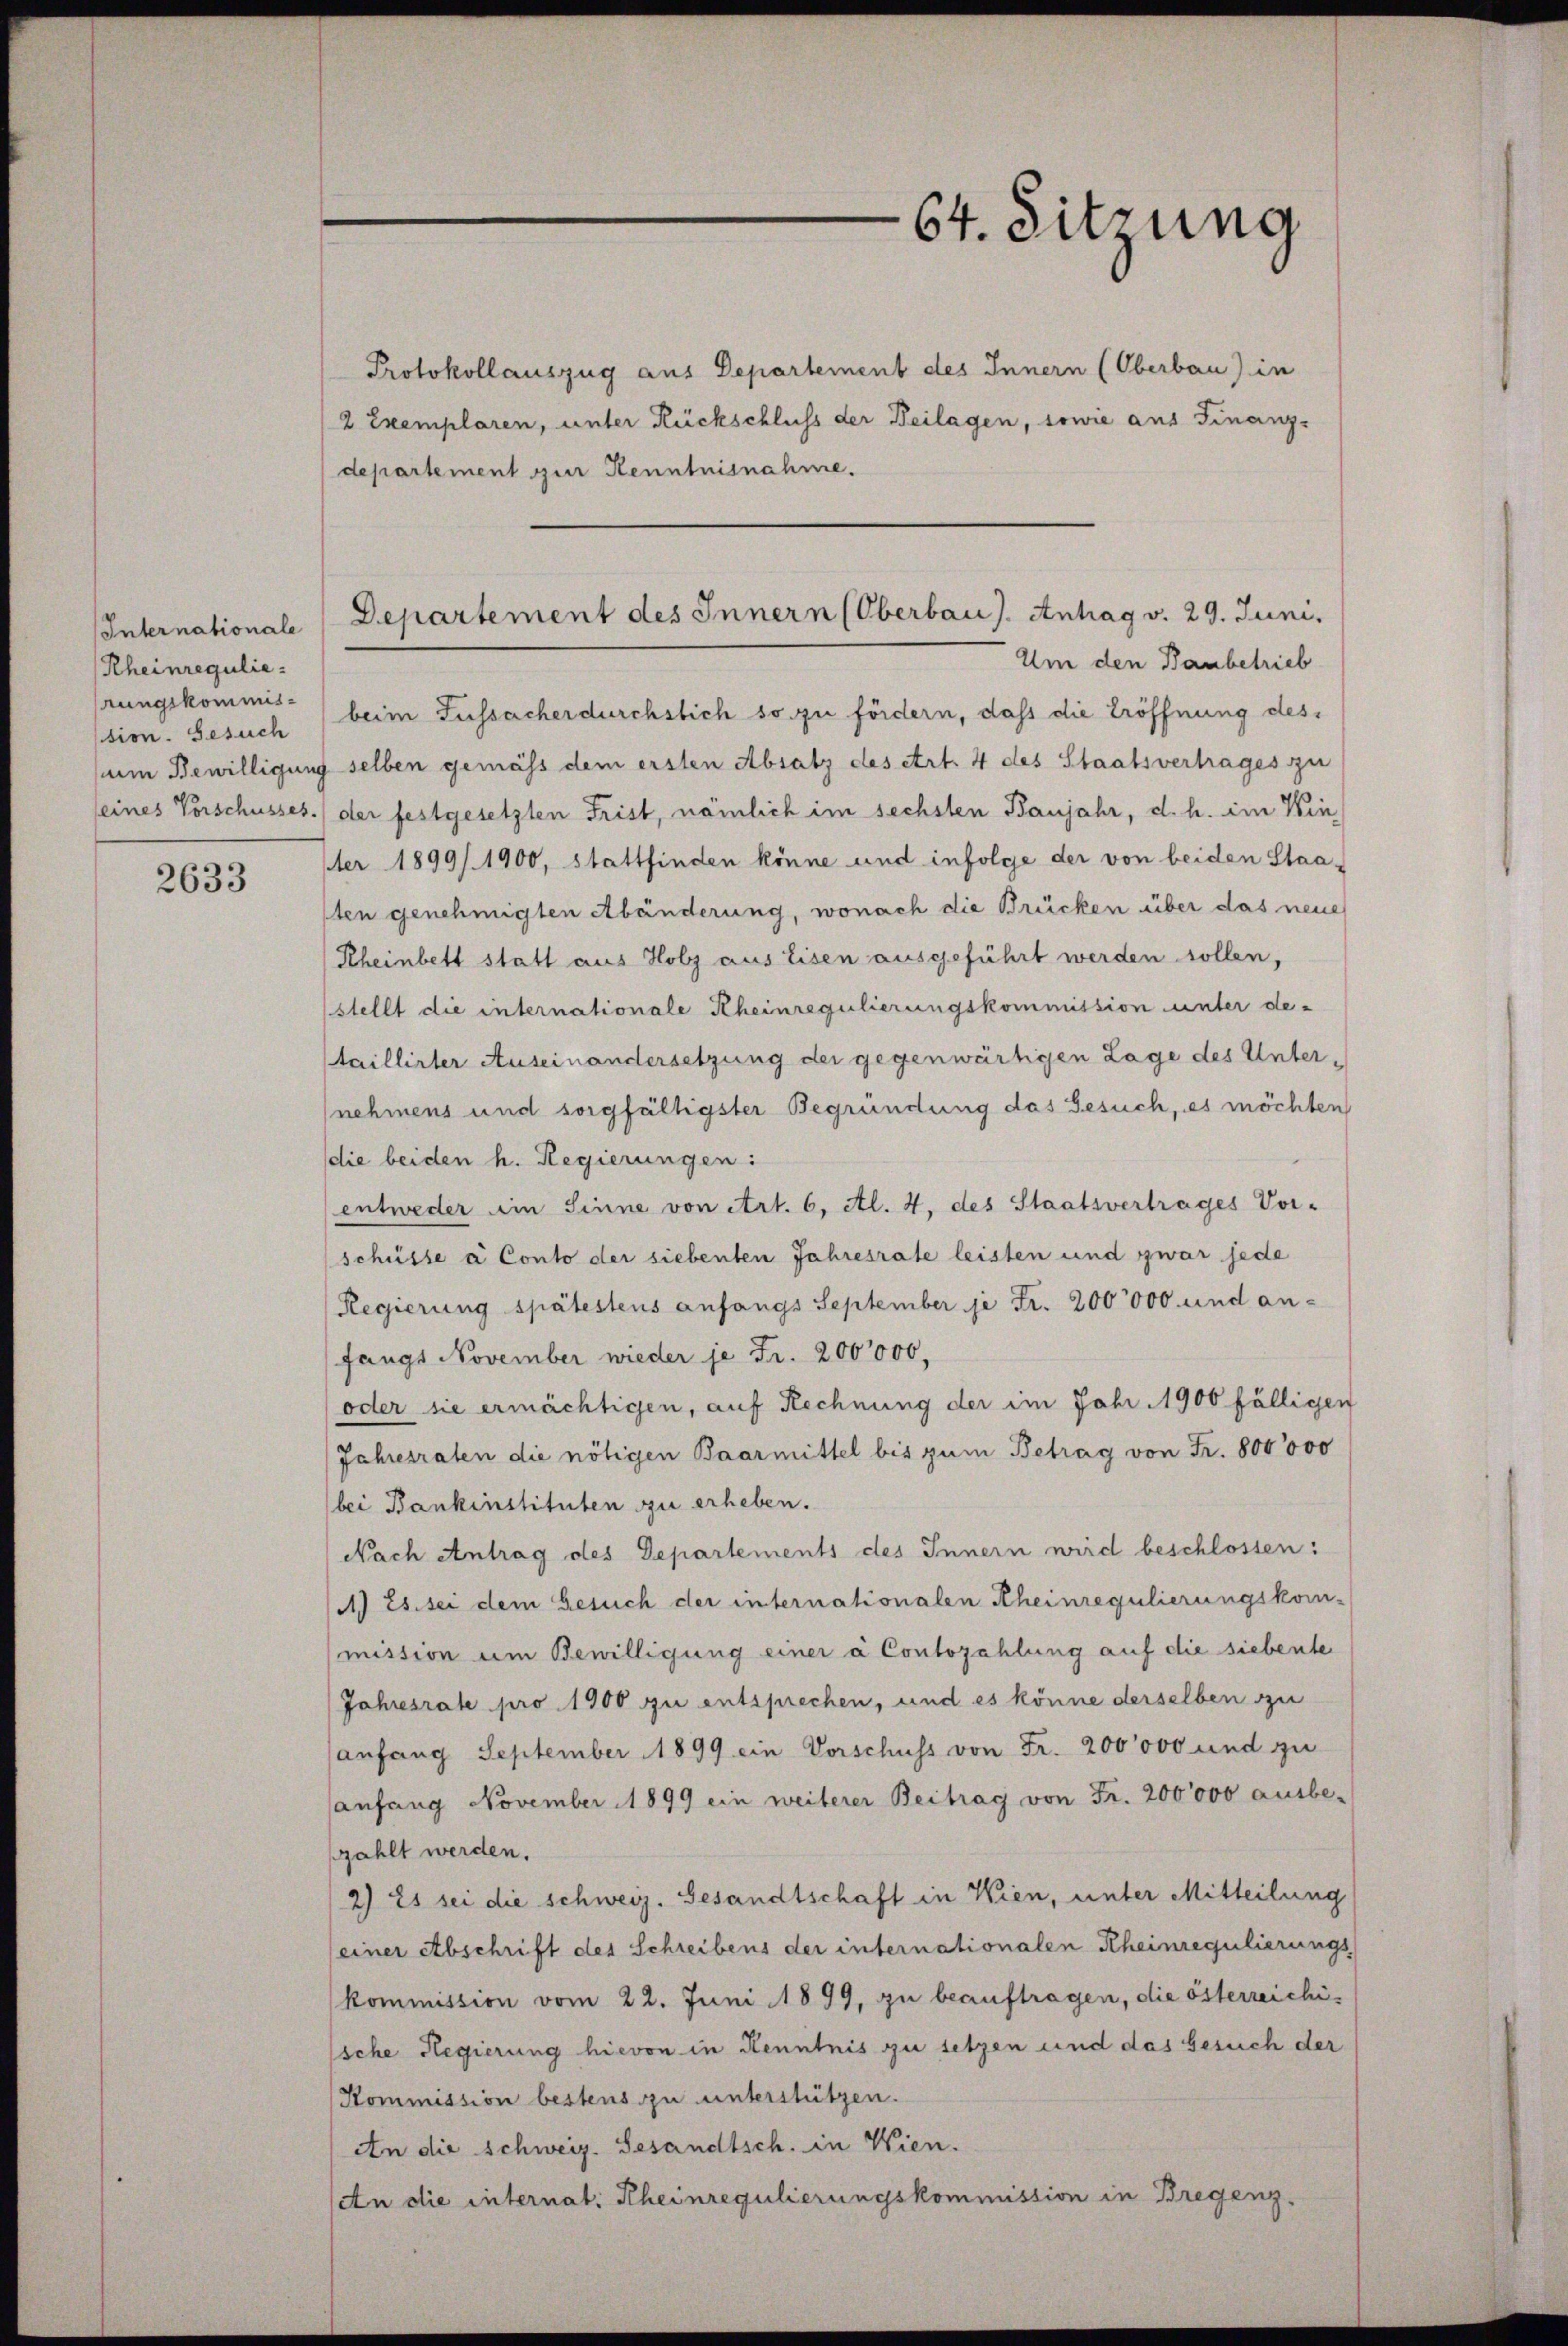
Internationale
Rheinregulie
rungskommis-
sion. Gesuch

2633

Protokollauszug aus Departement des Innern (Oberbau) in
2 Exemplaren, unter Rückschluss der Beilagen, sowie aus Finanz-
departement zur Kenntnisnahme.
Um den Baubetrieb
beim Fussacher durchstich so zu fördern, dass die Eröffnung dessum Bewilligung selben gemäss dem ersten Absatz des Art. 4 des Staatsvertrages zu
seines Vorschusses.) der festgesetzten Frist, nämlich im sechsten Baujahr, d. h. im Kin
ter 1899/1900, stattfinden könne und infolge der von beiden Staasten genehmigten Abänderung, wonach die Brücken über das neue
Rheinbett statt aus Holz aus Eisen ausgeführt werden sollen,
stellt die internationale Rheinregulierungskommission unter detaillirter Auseinandersetzung der gegenwärtigen Lage des Unternehmens und sorgfältigster Begründung das Gesuch, es möchten
die beiden h. Regierungen:
entweder im Sinne von Art. 6, Al. 4, des Staatsvertrages Vor-
schüsse à Conto der siebenten Jahresrate leisten und zwar jede
Regierung spätestens anfangs September je Fr. 200,000 und an-
fangs November wieder je Fr. 200000.
oder sie ermächtigen, auf Rechnung der im Jahr 1900 fälligen
(Jahresraten die nötigen Baarmittel bis zum Betrag von Fr. 800000
bei Bankinstituten zu erheben.
Nach Antrag des Departements des Innern wird beschlossen:
1) Es sei dem Gesuch der internationalen Rheinregulierungskom-
mission um Bewilligung einer à Contozahlung auf die siebente
Jahresrate pro 1900 zu entsprechen, und es könne derselben zu
anfang September 1899 ein Vorschuss von Fr. 200000 und zu
anfang November 1899 ein weiterer Beitrag von Fr. 200000 ausbe-
zahlt werden.
2) Es sei die schweiz. Gesandtschaft in Wien, unter Mitteilung
(einer Abschrift des Schreibens der internationalen Rheinregulierungskommission vom 22. Juni 1899, zu beauftragen, die österreichissche Regierung hievon in Kenntnis zu setzen und das Gesuch der
Kommission bestens zu unterstützen.
An die Schweiz. Gesandtsch. in Wien.
An die internat. Rheinregulierungskommission in Bregenz.

64. Sitzung

Departement des Innern (Oberbaus. Antrag v. 29. Juni.